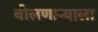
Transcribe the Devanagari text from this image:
बोलणाऱ्याला